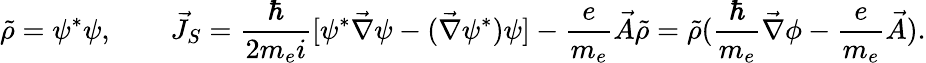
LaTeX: \tilde{\rho}=\psi^{*}\psi,\qquad\vec{J}_{S}=\frac{\hbar}{2m_{e}i}[\psi^{*}\vec{\nabla}\psi-(\vec{\nabla}\psi^{*})\psi]-\frac{e}{m_{e}}\vec{A}\tilde{\rho}=\tilde{\rho}(\frac{\hbar}{m_{e}}\vec{\nabla}\phi-\frac{e}{m_{e}}\vec{A}).